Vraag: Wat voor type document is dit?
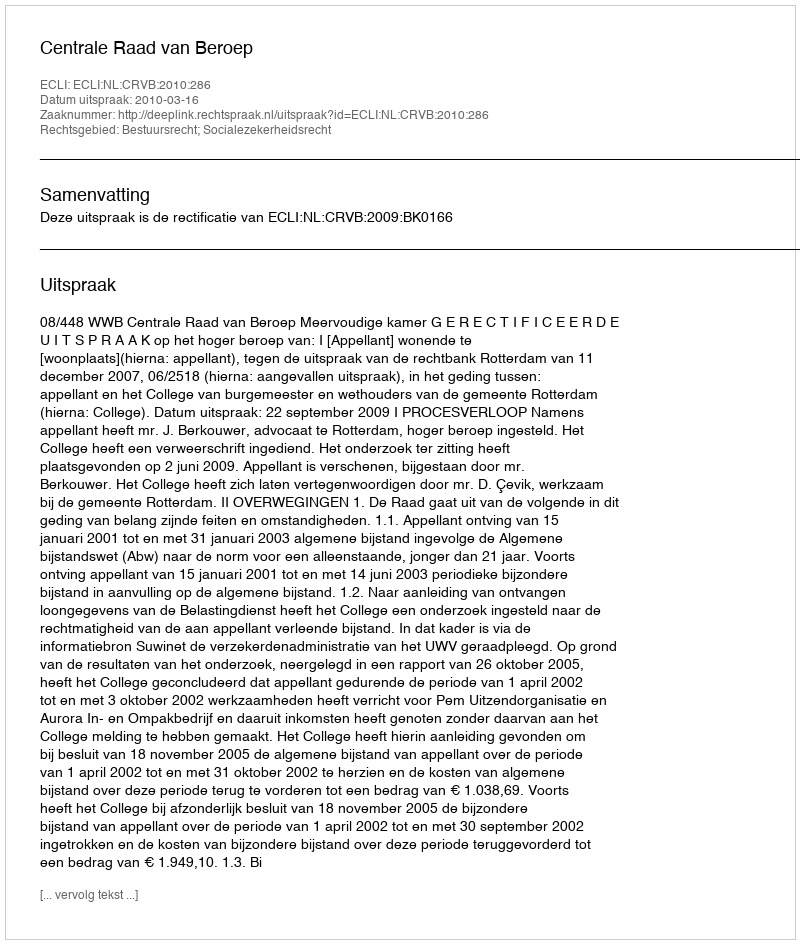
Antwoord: Uitspraak